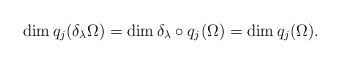
LaTeX: \begin{align*}\dim q_j(\delta_\lambda\Omega) = \dim \delta_\lambda\circ q_j (\Omega) = \dim q_j(\Omega).\end{align*}